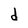
Character: d